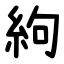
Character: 絇